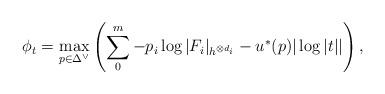
LaTeX: \begin{align*}\phi_t= \max_{p\in \Delta^\vee} \left( \sum_0^m -p_i \log |F_i|_{h^{\otimes d_i}} - u^*(p) |\log |t|| \right),\end{align*}